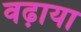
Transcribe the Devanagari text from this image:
वढ़ाया